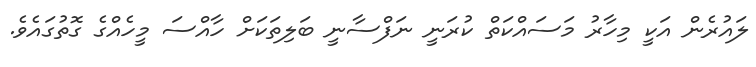
ލައުރެން އަކީ މިހާރު މަސައްކަތް ކުރަނީ ނަފްސާނީ ބަލިތަކަށް ހާއްސަ މީހެއްގެ ގޮތުގައެވެ.